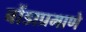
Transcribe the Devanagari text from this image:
बोंडाप्रमाणे